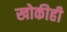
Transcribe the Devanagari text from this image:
खोकीही